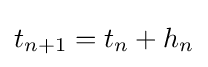
t_{n+1}=t_{n}+h_{n}